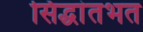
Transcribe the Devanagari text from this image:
सिद्धांतभत